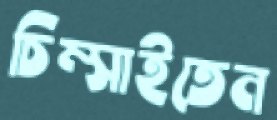
চিম্‌সাইতেন